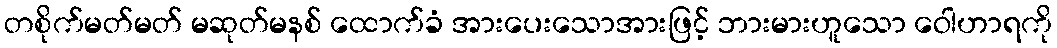
တစိုက်မတ်မတ် မဆုတ်မနစ် ထောက်ခံ အားပေးသောအားဖြင့် ဘားမားဟူသော ဝေါဟာရကို